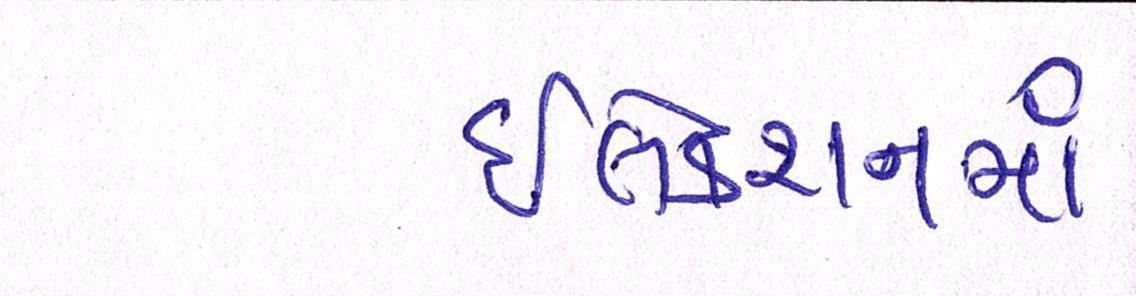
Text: ઇલેક્શનમાં